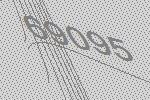
69095